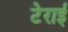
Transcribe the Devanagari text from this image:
टेराई